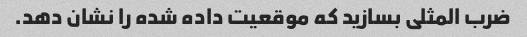
ضرب المثلی بسازید که موقعیت داده شده را نشان دهد.